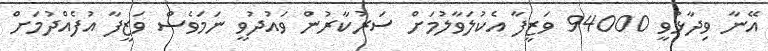
އޭނާ ވިދާޅުވީ 94000 ވަޒީފާ އެކުލަވާލުމަށް ސަރުކާރުން ވައުދުވީ ނަމަވެސް ވަޒީފާ އުފެއްދުމަށް